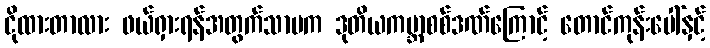
ငိုထားတာလား ဖယ်ရှားရန်အတွက်သာမက ဒုတိယကမ္ဘာစစ်ဒဏ်ကြောင့် တောင်ကုန်းပေါ်နှင့်